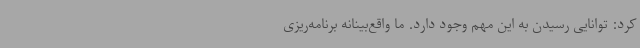
کرد: توانایی رسیدن به این مهم وجود دارد. ما واقع‌بینانه برنامه‌ریزی